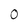
Character: O